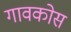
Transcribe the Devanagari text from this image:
गावकोस